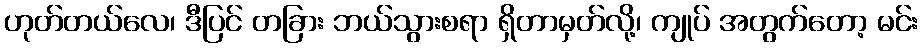
ဟုတ်တယ်လေ၊ ဒီပြင် တခြား ဘယ်သွားစရာ ရှိတာမှတ်လို့၊ ကျုပ် အတွက်တော့ မင်း